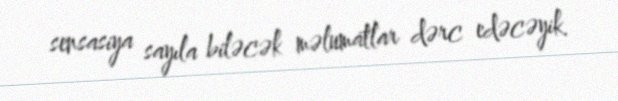
sensasiya sayıla biləcək məlumatlar dərc edəcəyik.